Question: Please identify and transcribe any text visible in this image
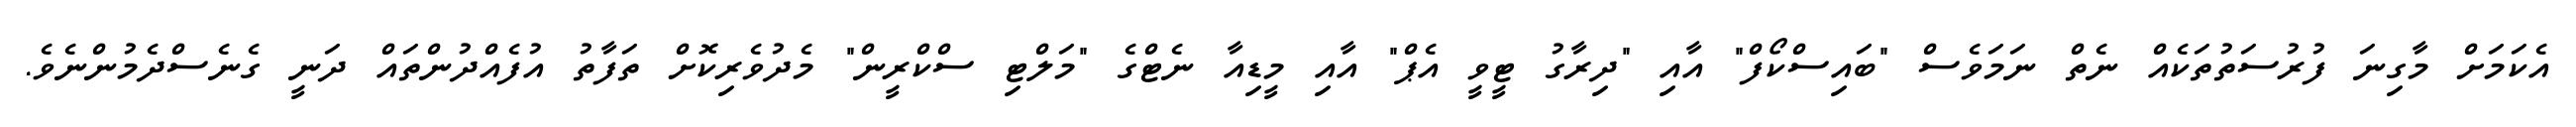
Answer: އެކަމަށް މާގިނަ ފުރުސަތުތަކެއް ނެތް ނަމަވެސް "ބައިސްކޯފް" އާއި "ދިރާގު ޓީވީ އެޕް" އާއި މީޑިއާ ނެޓްގެ "މަލްޓި ސްކްރީން" މެދުވެރިކޮށް ތަފާތު އުފެއްދުންތައް ދަނީ ގެނެސްދެމުންނެވެ.